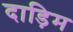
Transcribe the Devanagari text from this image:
दाड़िम